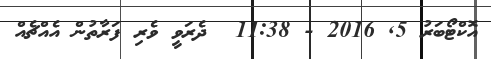
އޮކްޓޯބަރު 5